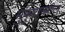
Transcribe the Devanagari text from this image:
मुकुटावरील